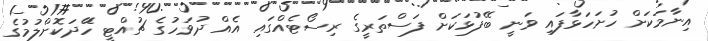
އިނާމަކަށް ހުށަހަޅާފައި ވަނީ ބޭފުޅަކަށް ފަސްތަރީގެ ރިސޯޓެއްގައި އެއް ދުވަހުގެ ޗުއްޓީ ހަޭދަކޮށްލުމުގެ